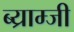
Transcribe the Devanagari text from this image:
ब्य्राम्जी